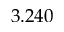
3 . 2 4 0